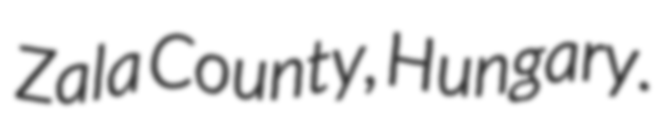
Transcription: Zala County, Hungary.